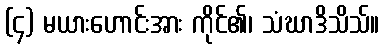
(၄) မယားဟောင်းအား ကိုင်၏၊ သံဃာဒိသိသ်။